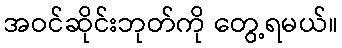
အဝင်ဆိုင်းဘုတ်ကို တွေ့ရမယ်။